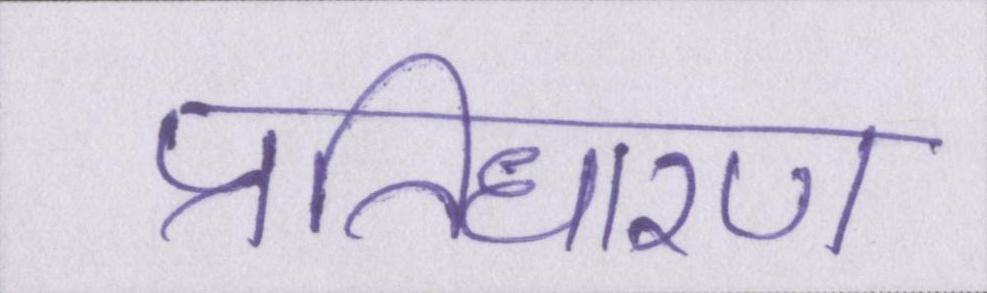
प्रतिधारण